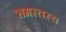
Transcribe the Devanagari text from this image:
समस्तस्य